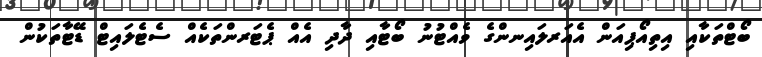
ބޯޓްތަކާއި އިތިއޯޕިއަން އެއަރލައިނންގެ ވެއްޓުނު ބޯޓާއި ދާދި އެއް ޕެޓަރންތަކެއް ސެޓެލައިޓް ޑޭޓާތަކުން